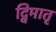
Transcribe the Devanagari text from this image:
द्विमातृ